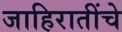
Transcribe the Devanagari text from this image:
जाहिरातींचे